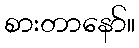
စားတာနော်။